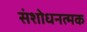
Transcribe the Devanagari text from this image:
संशोधनत्मक